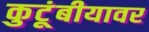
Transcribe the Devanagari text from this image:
कुटूंबीयावर